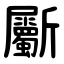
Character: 斸